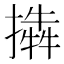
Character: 𢵜